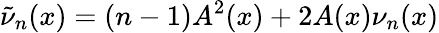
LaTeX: \tilde{\nu}_{n}(x)=(n-1)A^{2}(x)+2A(x)\nu_{n}(x)